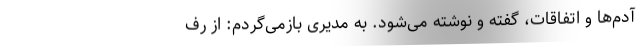
آدم‌ها و اتفاقات، گفته و نوشته می‌شود. به مدیری بازمی‌گردم: از رف